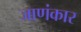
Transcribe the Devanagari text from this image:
जाणंकार